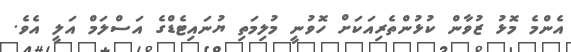
އެންމެ މޮޅު ޒުވާން ކުޅުންތެރިއަކަށް ހޮވުނީ މުލިމަތި ޔުނައިޓެޑްގެ އަސްލަމް އަލީ އެވެ.